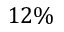
1 2 \%